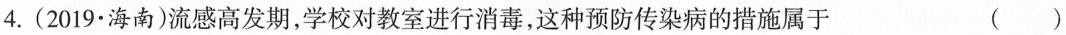
4.(2019.海南)流感高发期，学校对教室进行消毒，这种预防传染病的措施属于 (